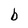
Character: b